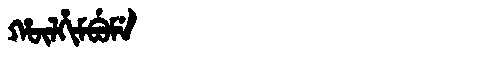
Manchu: ᡥᡡᠯᡥᡳᠮᠪᡠᠮᡝ
Romanization: HŪLHIMBUME